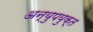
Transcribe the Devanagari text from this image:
अन्युपयुक्त